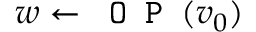
w \leftarrow \texttt { O P } ( v _ { 0 } )